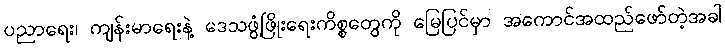
ပညာရေး၊ ကျန်းမာရေးနဲ့ ဒေသဖွံ့ဖြိုးရေးကိစ္စတွေကို မြေပြင်မှာ အကောင်အထည်ဖော်တဲ့အခါ